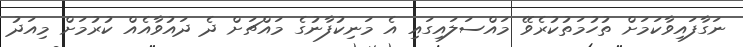
ނަގާފައިވާކަމަށް ތުހުމަތުކުރެވޭ މައްސަލައިގައި އެ މަނިކުފާނުގެ މައްޗަށް ދެ ދައުވާއެއް ކުރުމަށް މިއަދު